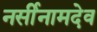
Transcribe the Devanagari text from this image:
नर्सीनामदेव